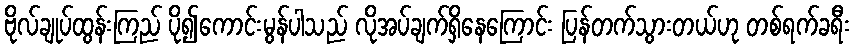
ဗိုလ်ချုပ်ထွန်းကြည် ပို၍ကောင်းမွန်ပါသည် လိုအပ်ချက်ရှိနေကြောင်း ပြန်တက်သွားတယ်ဟု တစ်ရက်ခရီး